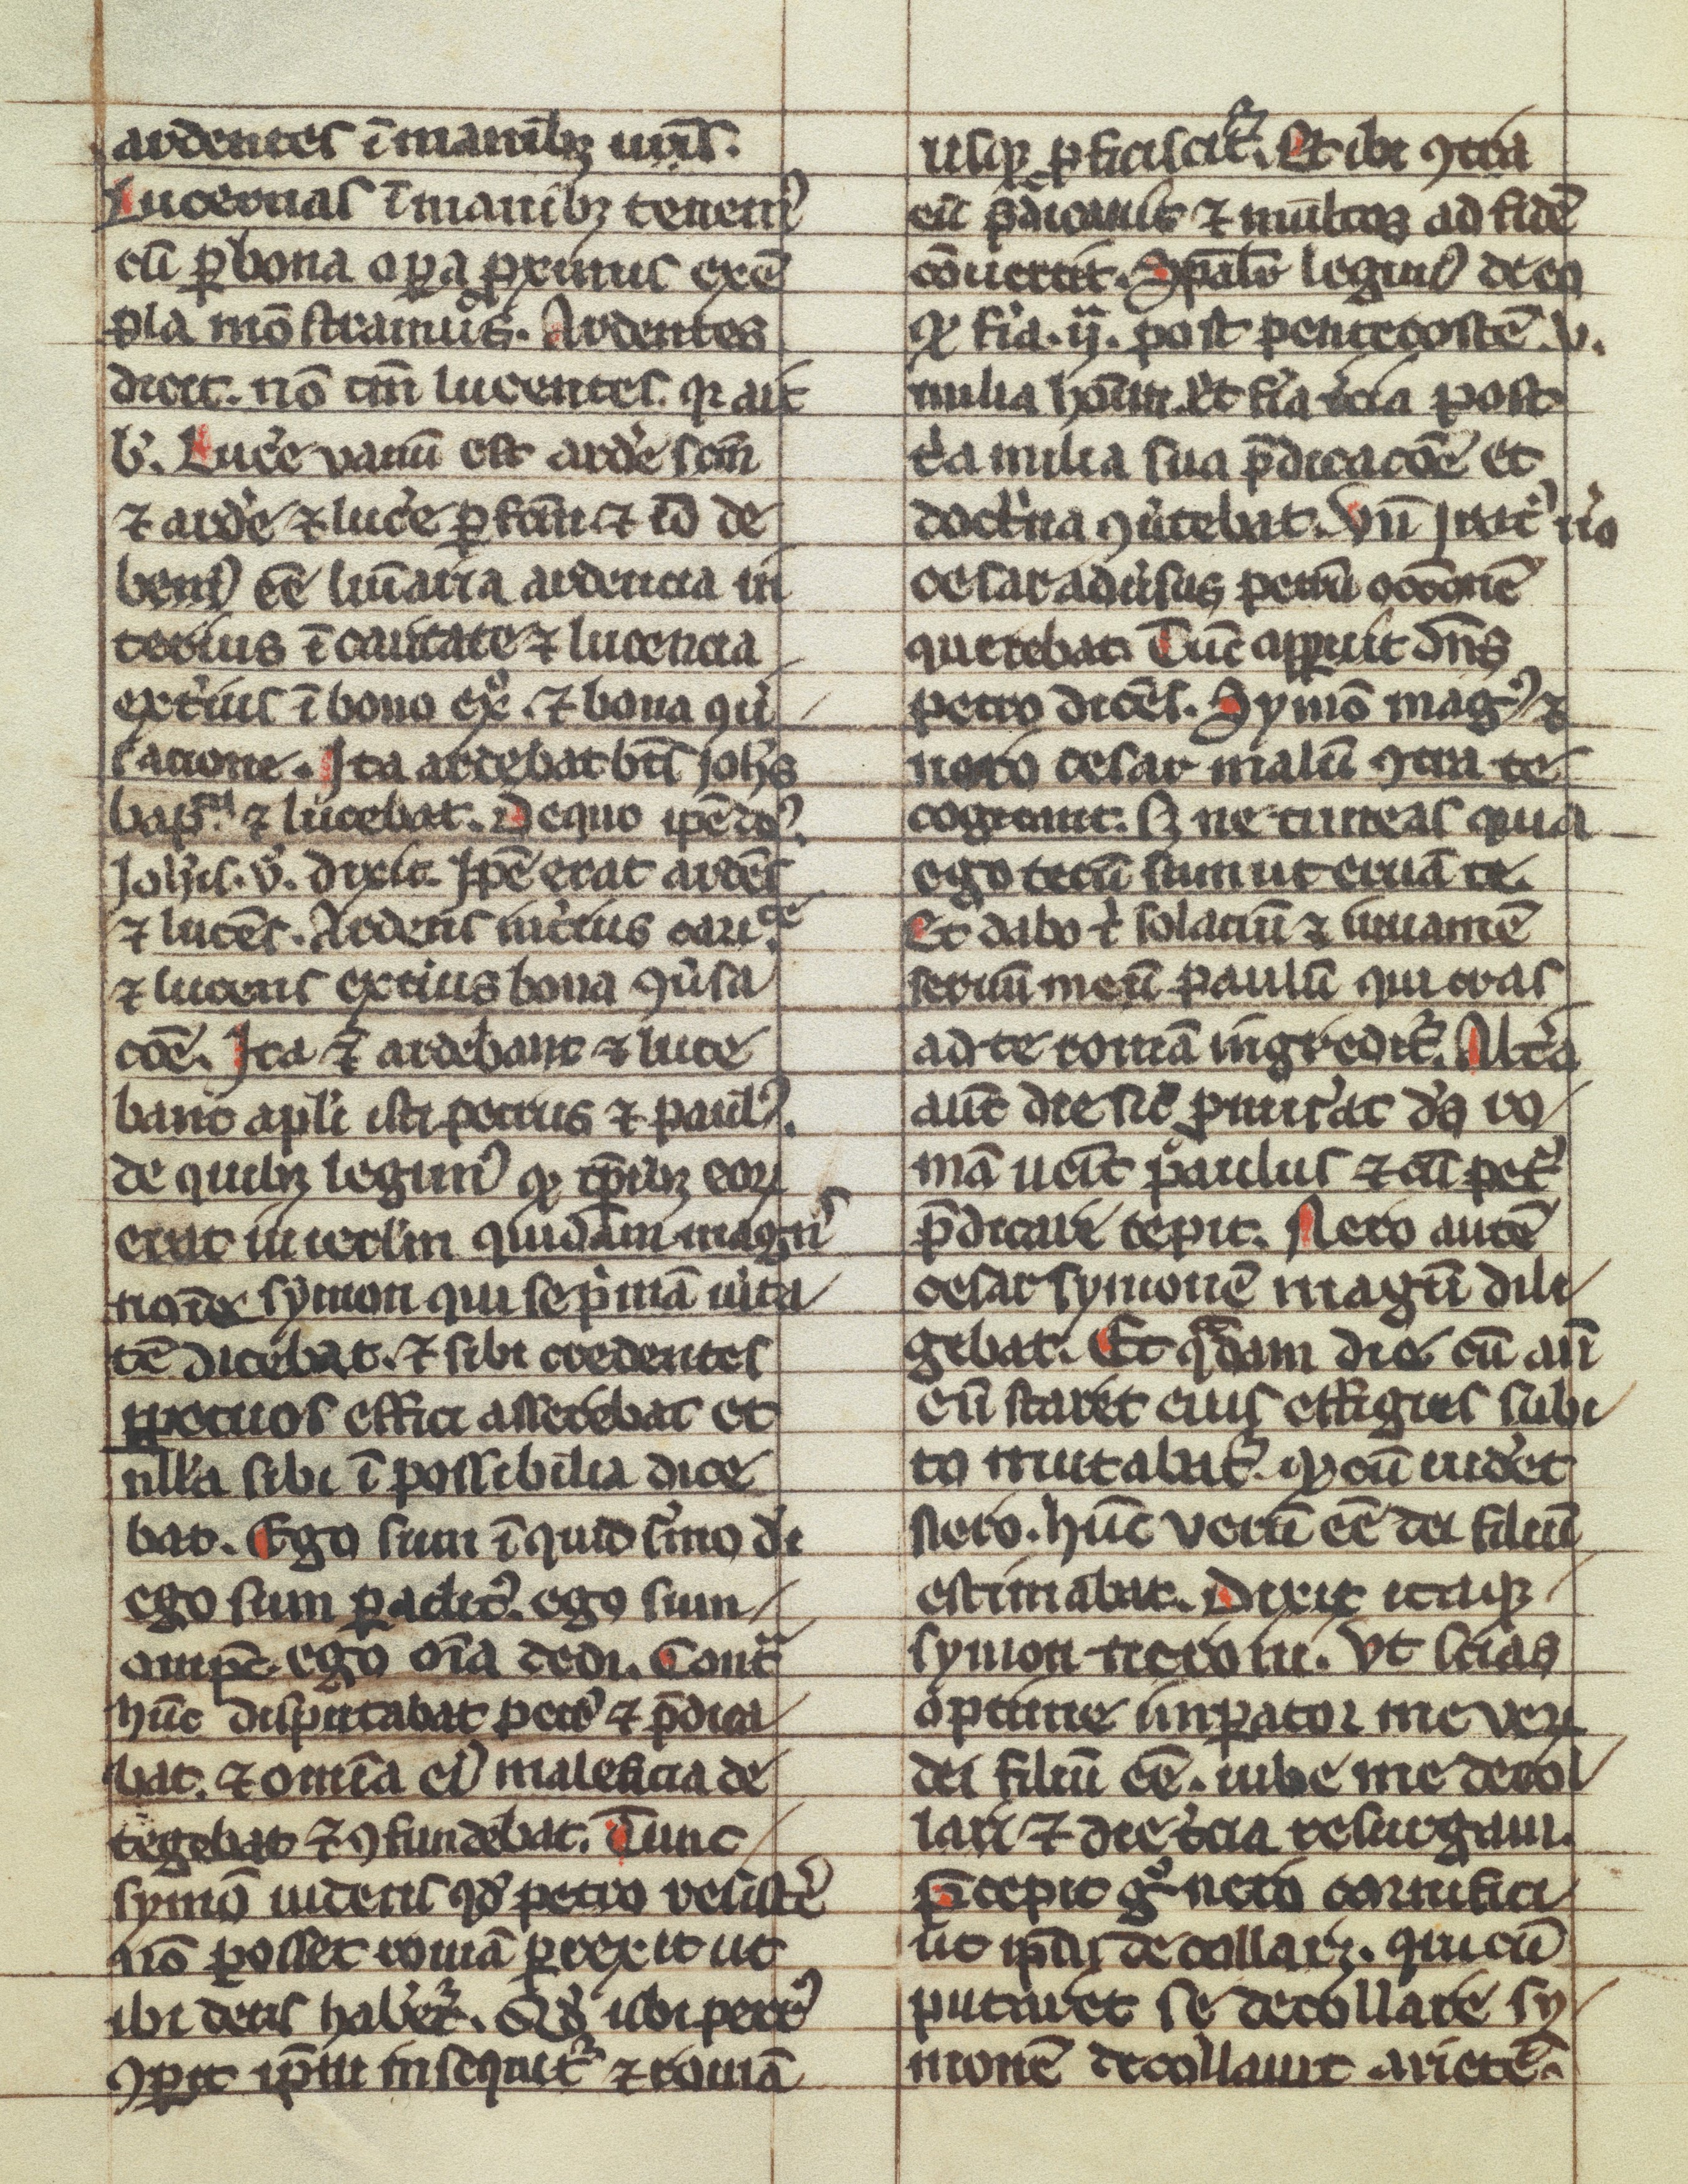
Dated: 1300–1399